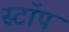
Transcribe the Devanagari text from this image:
स्टाॅप